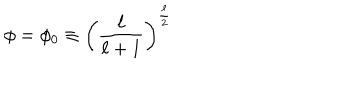
LaTeX: \phi = \phi _ { 0 } \equiv \left( \frac { \ell } { \ell + 1 } \right) ^ { \frac { \ell } { 2 } }